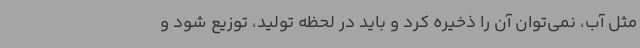
مثل آب، نمی‌توان آن را ذخیره کرد و باید در لحظه تولید، توزیع شود و